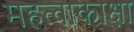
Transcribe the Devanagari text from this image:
महत्वाकाक्षा